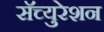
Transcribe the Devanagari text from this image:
सॅच्युरेशन